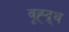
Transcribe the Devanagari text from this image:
वृह्द्र्थ